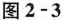
图2-3